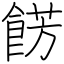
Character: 餝